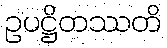
ဥပဋ္ဌိတဿတိ